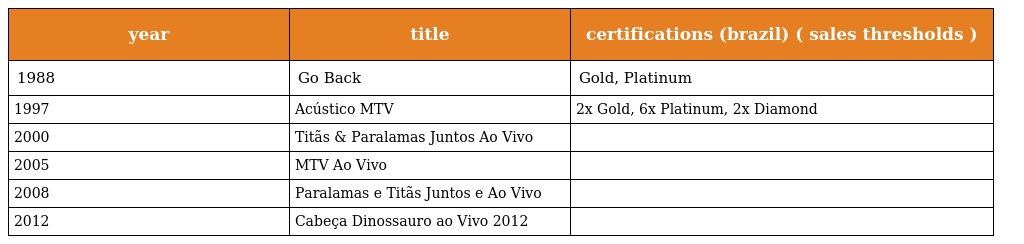
| year | title | certifications (brazil) ( sales thresholds ) |
 | --- | --- | --- |
 | 1988 | Go Back | Gold, Platinum |
 | 1997 | Acústico MTV | 2x Gold, 6x Platinum, 2x Diamond |
 | 2000 | Titãs & Paralamas Juntos Ao Vivo |  |
 | 2005 | MTV Ao Vivo |  |
 | 2008 | Paralamas e Titãs Juntos e Ao Vivo |  |
 | 2012 | Cabeça Dinossauro ao Vivo 2012 |  |